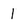
Character: 1